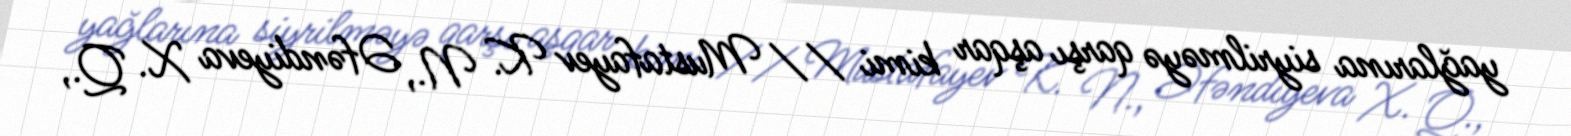
yağlarına siyrilməyə qarşı aşqar kimi // Mustafayev K. N., Əfəndiyeva X. Q.,